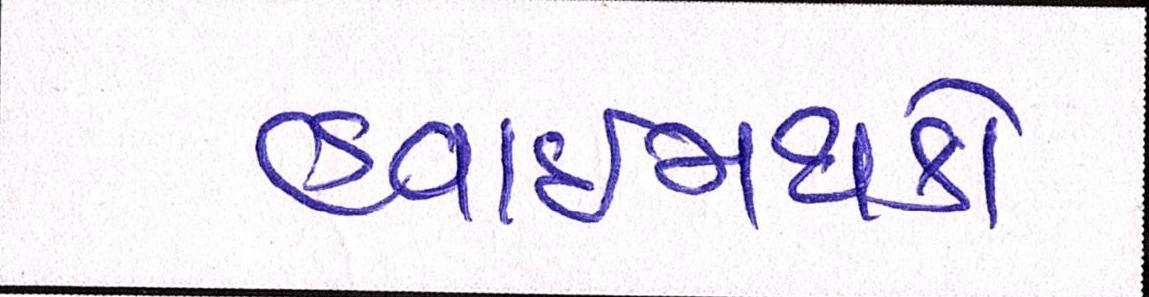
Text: હવાઈમથકો